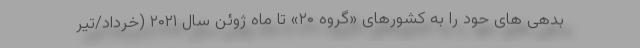
بدهی های حود را به کشورهای «گروه ۲۰» تا ماه ژوئن سال ۲۰۲۱ (خرداد/تیر